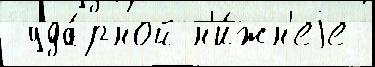
 уда́рной н'и́жн'еjе